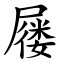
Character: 屦